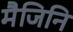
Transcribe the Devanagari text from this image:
मैजिनि